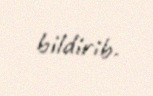
bildirib.